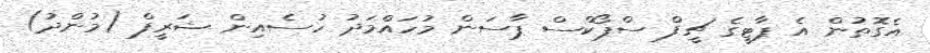
އެގޮތުން އެ ޕާޓީގެ ޗީފް ސްޕޯކްސް ޕާސަން މުހައްމަދު ހުސެއިން ޝަރީފް (މުންދު)